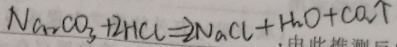
N a _ { 2 } C O _ { 3 } + 2 H C l = 2 N a C l + H _ { 2 } O + C O _ { 2 } \uparrow